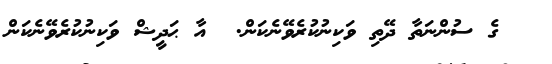
ގެ ސުންނަތާ ދޭތި ވަކިނުކުރެވޭނެކަން.  އާ ޙަދީޝް ވަކިނުކުރެވޭނެކަން